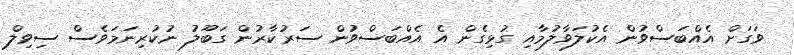
ވަގަށް އެއްބަސްވުން އެކުލަވާލުމާއި ގުޅިގެން އެ އެއްބަސްވުން ސަރުކާރުން ގަބޫލު ނުކުރިނަމަވެސް ސިވިލް